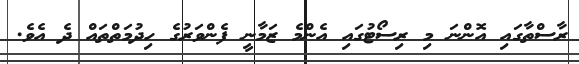
ރާސްތާގައި އޮންނަ މި ރިސޯޓުގައި އެންމެ ޒަމާނީ ފެންވަރުގެ ހިދުމަތްތައް ދެ އެވެ.